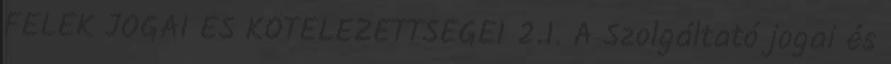
FELEK JOGAI ÉS KÖTELEZETTSÉGEI 2.1. A Szolgáltató jogai és